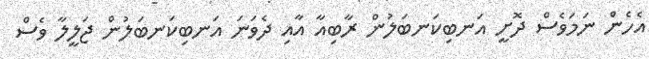
އެހެން ނަމަވެސް ދޮށީ އަނބިކަނބަލުން ރާބިއާ އާއި ދެވަނަ އަނބިކަނބަލުން ޖަލީލާ ވެސް